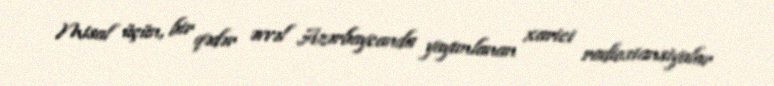
Misal üçün, bir qədər əvvəl Azərbaycanda yayımlanan xarici radiostansiyalar